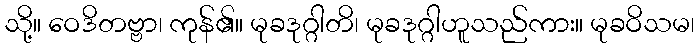
သို့။ ဝေဒိတဗ္ဗာ၊ ကုန်၏။ မုခဒုဂ္ဂါတိ၊ မုခဒုဂ္ဂါဟူသည်ကား။ မုခဝိသမ၊